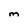
Character: M